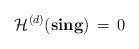
\begin{align*}\mathcal{H}^{(d)} (\mathbf{sing}) \, = \, 0\end{align*}